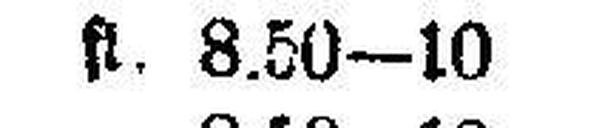
fl. 8.50—10